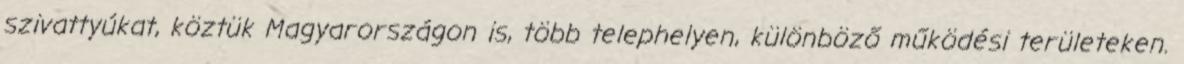
szivattyúkat, köztük Magyarországon is, több telephelyen, különböző működési területeken.